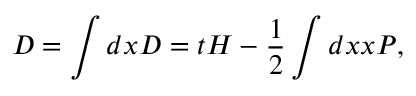
D = \int d x { \cal D } = t H - { \frac { 1 } { 2 } } \int d x x \cal { P } ,